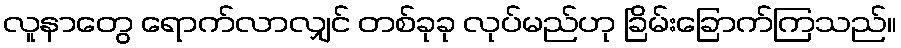
လူနာတွေ ရောက်လာလျှင် တစ်ခုခု လုပ်မည်ဟု ခြိမ်းခြောက်ကြသည်။